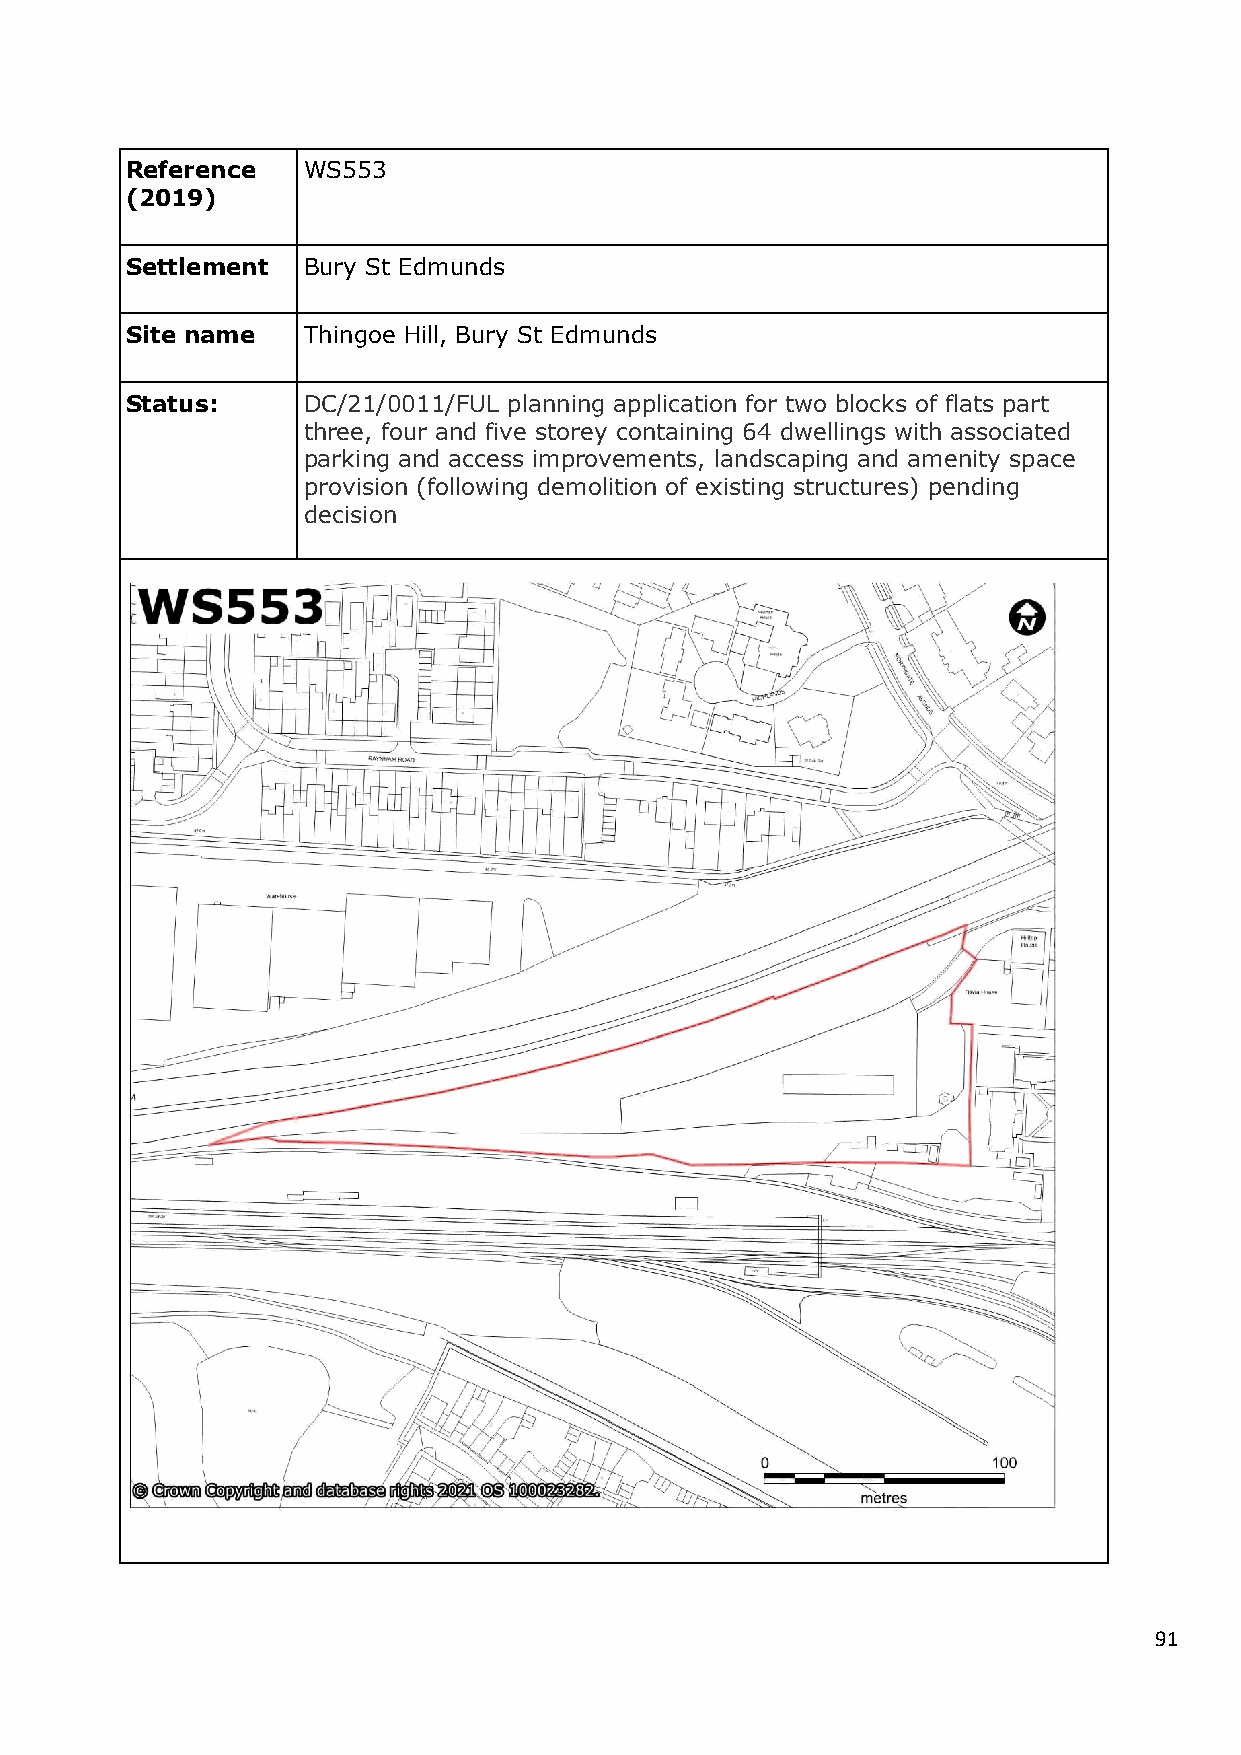
Reference   WS553
 (2019)
 Settlement  Bury St Edmunds
 Site name   Thingoe Hill, Bury St Edmunds
 Status:     DC/21/0011/FUL planning application for two blocks of flats part
 three, four and five storey containing 64 dwellings with associated
 parking and access improvements, landscaping and amenity space
 provision (following demolition of existing structures) pending
 decision
 91